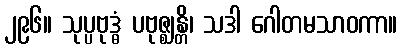
၂၉၆။ သုပ္ပဗုဒ္ဓံ ပဗုဇ္ဈန္တိ၊ သဒါ ဂေါတမသာဝကာ။